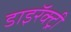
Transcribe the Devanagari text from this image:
डाइरॅक्ट्री